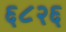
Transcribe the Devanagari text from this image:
६८२६